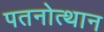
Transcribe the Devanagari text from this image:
पतनोत्थान